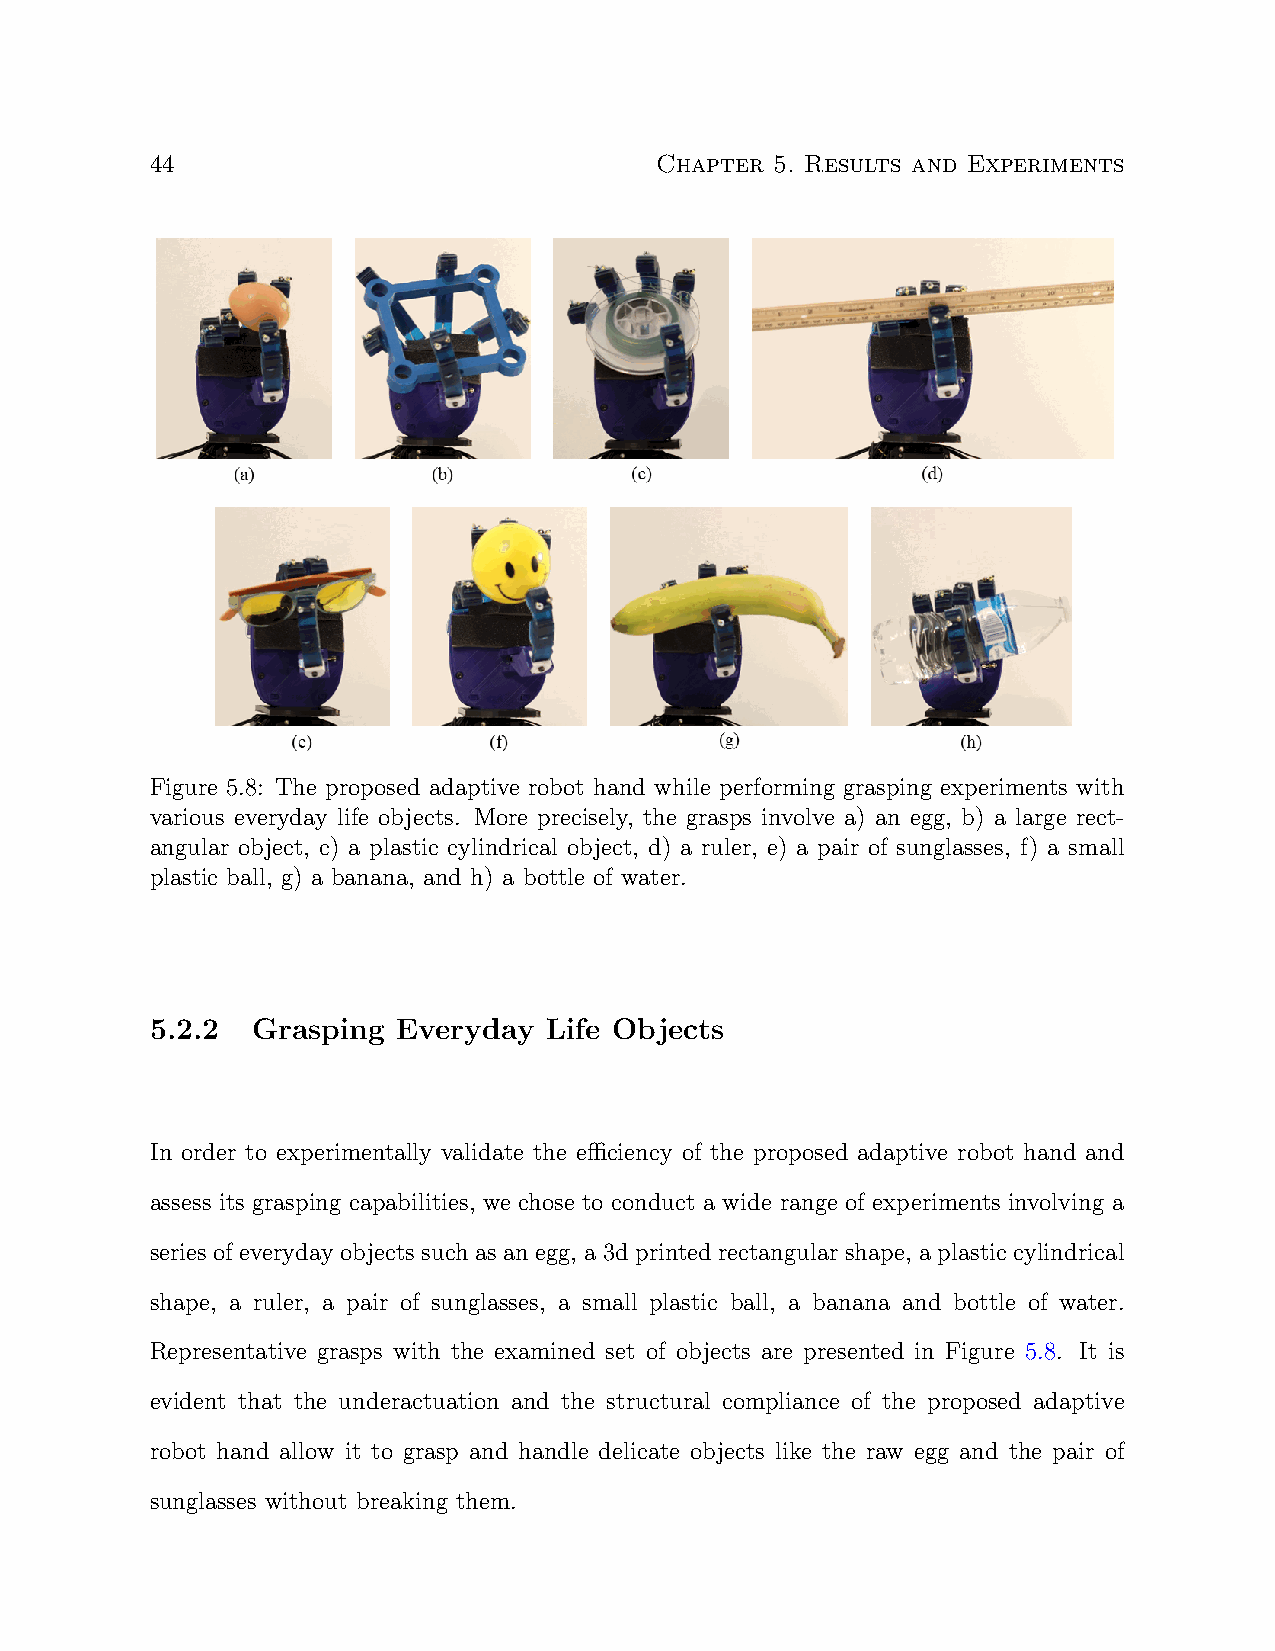
44                               Chapter 5. Results and Experiments
 Figure 5.8: The proposed adaptive robot hand while performing grasping experiments with
 various everyday life objects. More precisely, the grasps involve a) an egg, b) a large rect-
 angular object, c) a plastic cylindrical object, d) a ruler, e) a pair of sunglasses, f) a small
 plastic ball, g) a banana, and h) a bottle of water.
 5.2.2  Grasping Everyday  Life Objects
 In order to experimentally validate the efficiency of the proposed adaptive robot hand and
 assess its grasping capabilities, we chose to conduct a wide range of experiments involving a
 series of everyday objects such as an egg, a 3d printed rectangular shape, a plastic cylindrical
 shape, a ruler, a pair of sunglasses, a small plastic ball, a banana and bottle of water.
 Representative grasps with the examined set of objects are presented in Figure 5.8. It is
 evident that the underactuation and the structural compliance of the proposed adaptive
 robot hand allow it to grasp and handle delicate objects like the raw egg and the pair of
 sunglasses without breaking them.